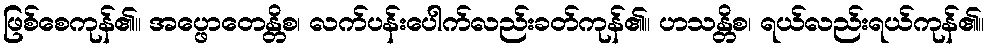
ဖြစ်စေကုန်၏။ အပ္ဖောတေန္တိစ၊ လက်ပန်းပေါက်လည်းခတ်ကုန်၏။ ဟသန္တိစ၊ ရယ်လည်းရယ်ကုန်၏။